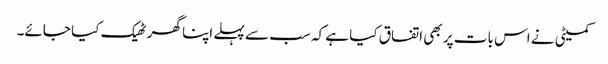
کمیٹی نے اس بات پر بھی اتفاق کیا ہے کہ سب سے پہلے اپنا گھر ٹھیک کیا جائے۔